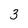
Character: 3